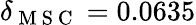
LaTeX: \delta_{\mathrm{~M~S~C~}}=0.0635